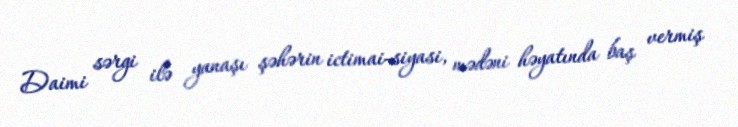
Daimi sərgi ilə yanaşı şəhərin ictimai-siyasi, mədəni həyatında baş vermiş